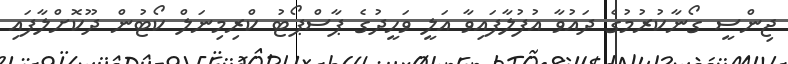
ޖިންސީ ގޯނާކުރުމުގެ ދައުވާ އުފުލާފައިވާ އަލީ ވަހީދުގެ ޕާސްޕޯޓު ކްރިމިނަލް ކޯޓުން ދޫކޮށްލާފައި